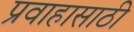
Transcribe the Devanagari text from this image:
प्रवाहासाठी